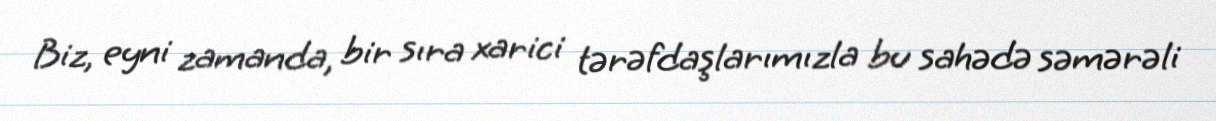
Biz, eyni zamanda, bir sıra xarici tərəfdaşlarımızla bu sahədə səmərəli